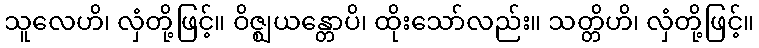
သူလေဟိ၊ လှံတို့ဖြင့်။ ဝိဇ္ဈယန္တောပိ၊ ထိုးသော်လည်း။ သတ္တိဟိ၊ လှံတို့ဖြင့်။